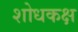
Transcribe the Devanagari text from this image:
शोधकक्ष